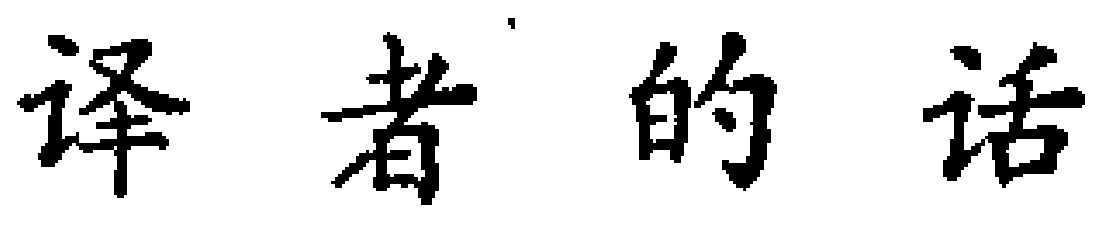
译者的话